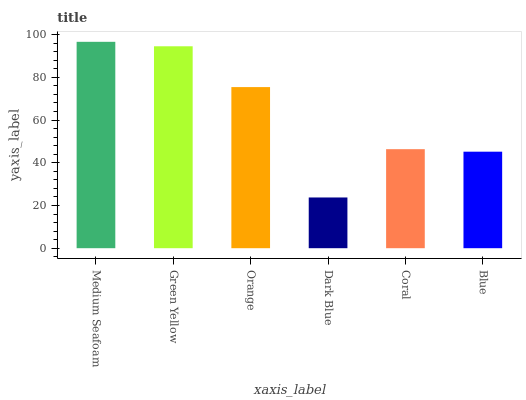
| xaxis_label | bars |
 | --- | --- |
 | Medium Seafoam | 96.6 |
 | Green Yellow | 94.5 |
 | Orange | 75.4 |
 | Dark Blue | 23.7 |
 | Coral | 46.3 |
 | Blue | 45.2 |